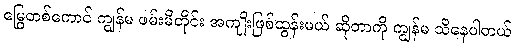
မြွေတစ်ကောင် ကျွန်မ ဖမ်းမိတိုင်း အကျိုးဖြစ်ထွန်းမယ် ဆိုတာကို ကျွန်မ သိနေပါတယ်